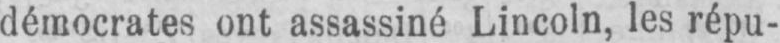
démocrates ont assassiné Lincoln, les répu-